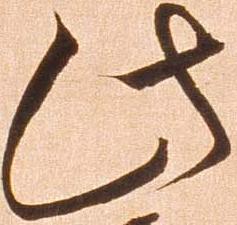
此